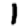
Digit: 1